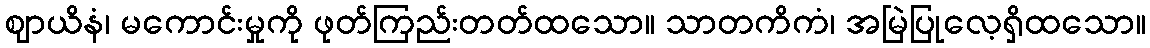
ဈာယိနံ၊ မကောင်းမှုကို ဖုတ်ကြည်းတတ်ထသော။ သာတကိကံ၊ အမြဲပြုလေ့ရှိထသော။